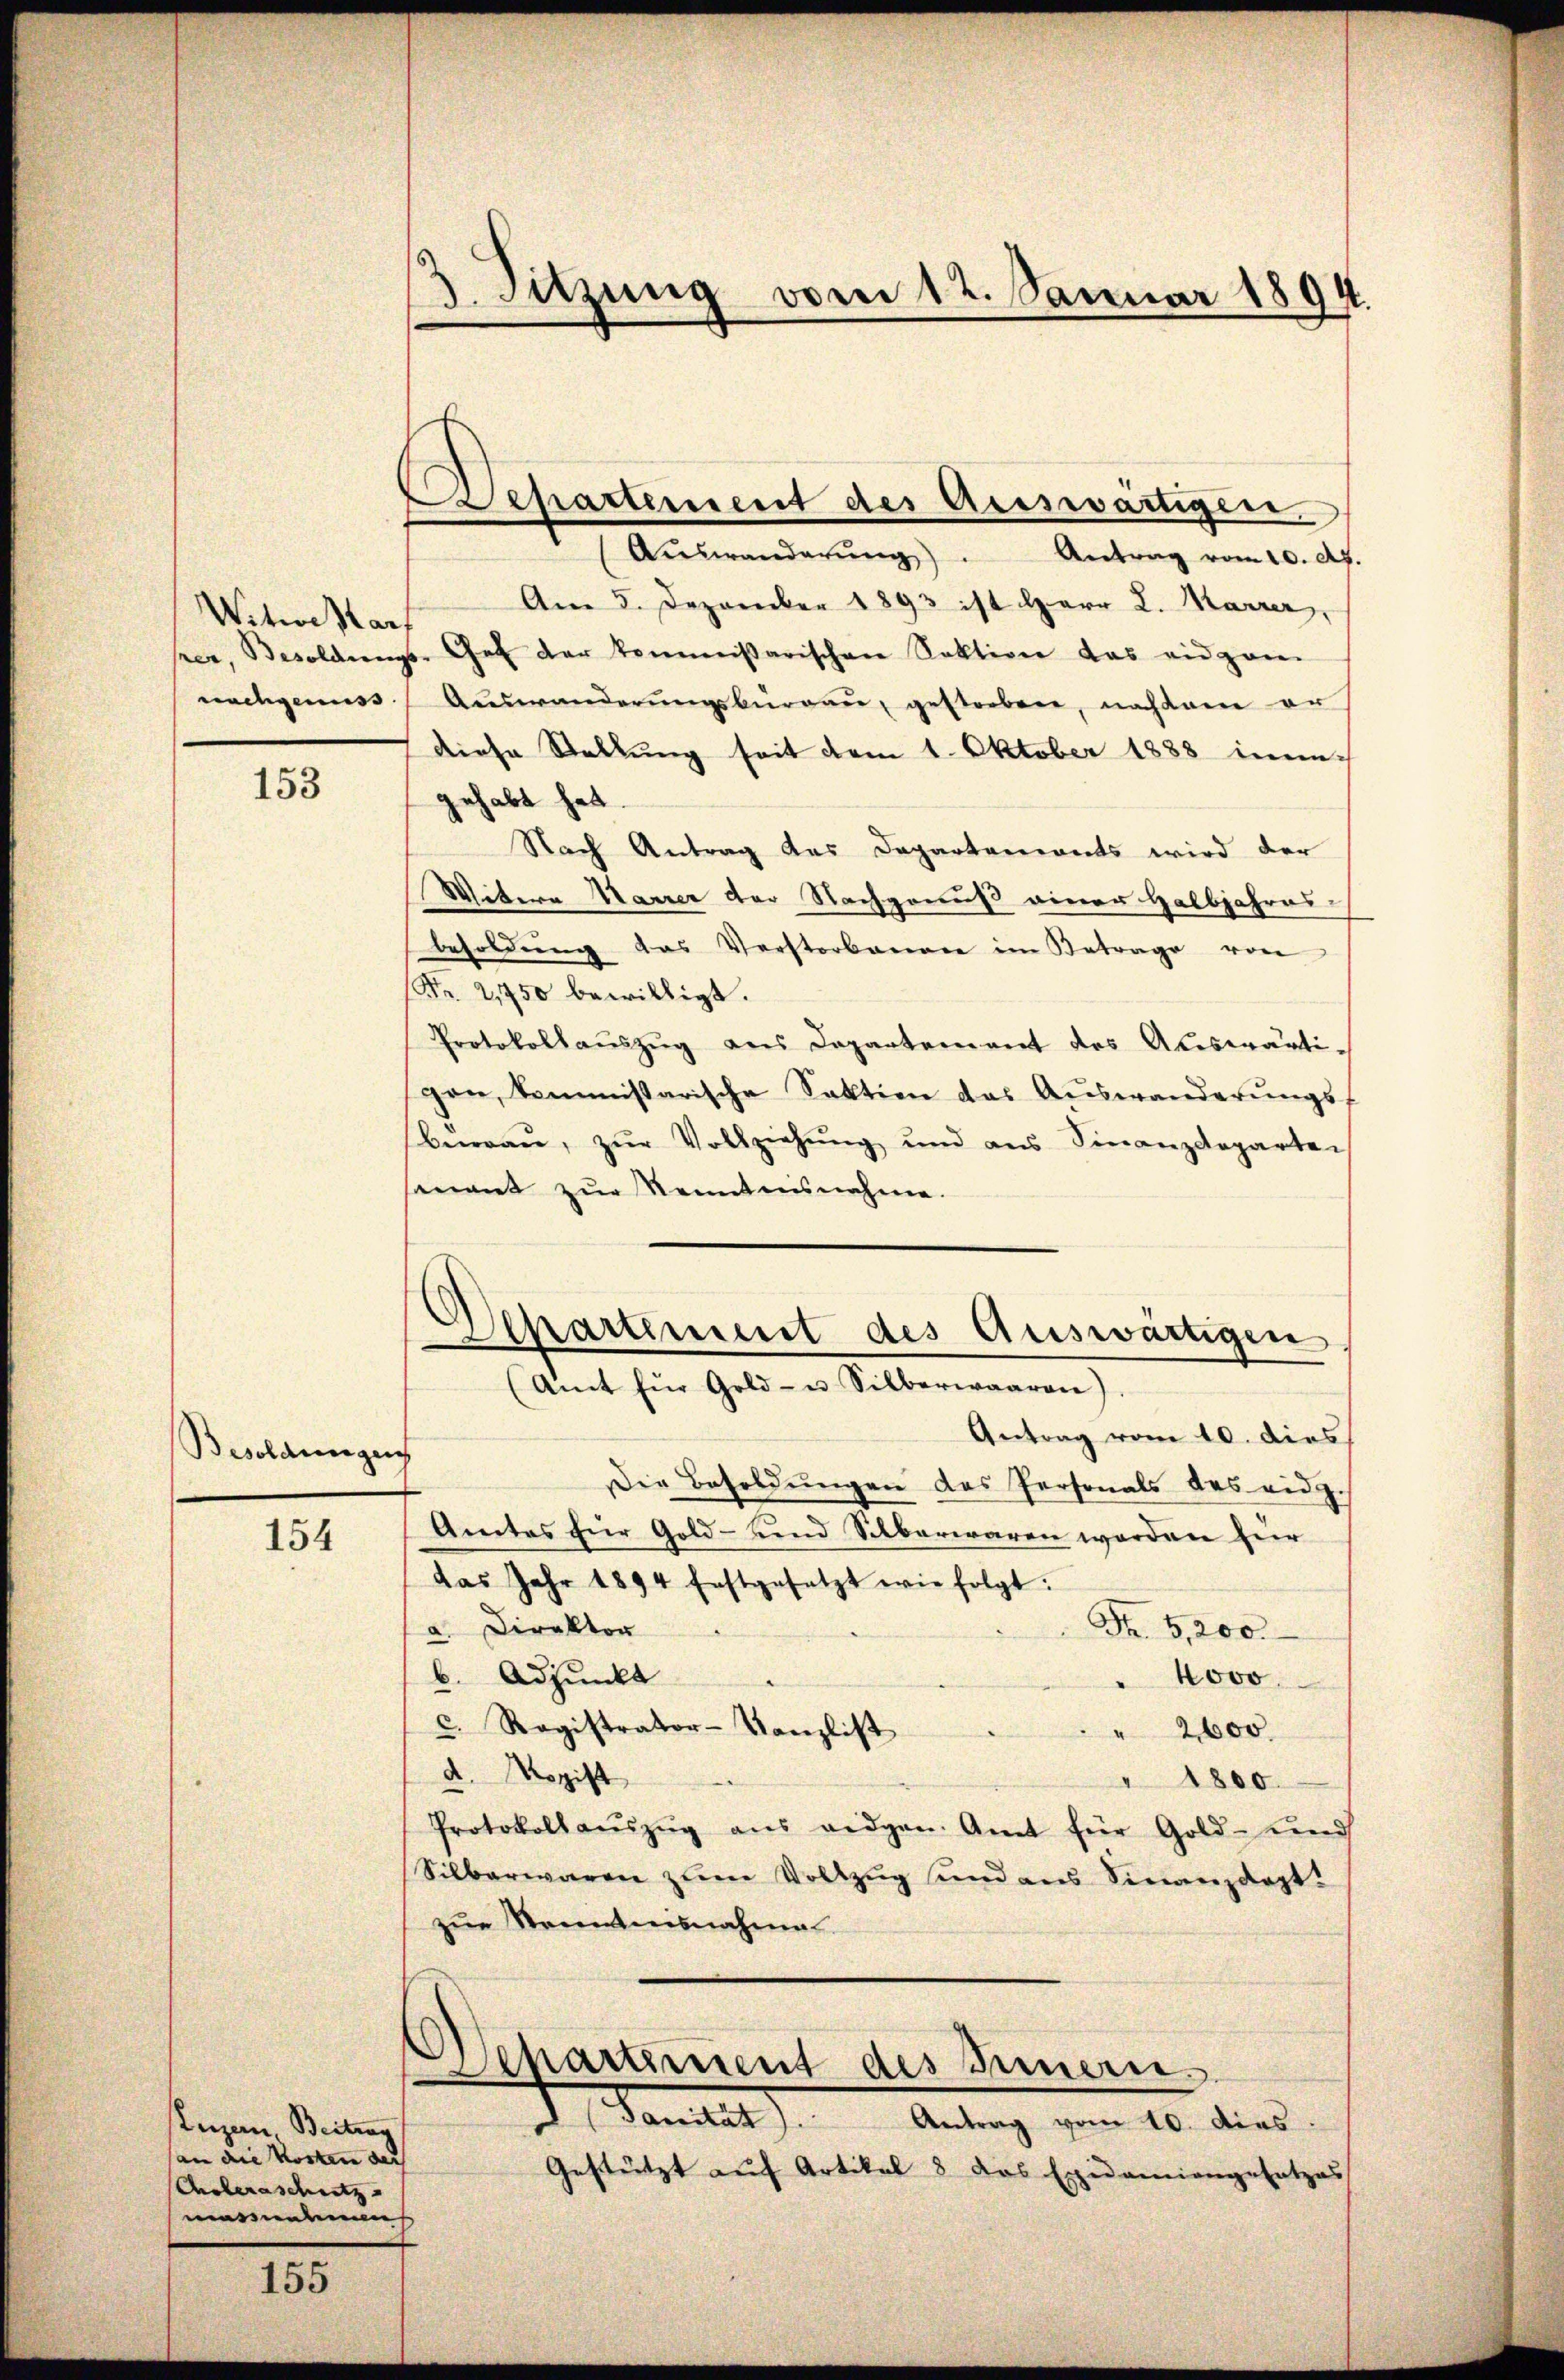
Witwe star
nachgenuss

153

Besoldungen

154

Luzern Beitrag
(an die Kosten der
Asteraschutz
massen

e
155

3. Sitzung vom 12. Januar 1894.

epartement des Auswärtigen.

Elhartement des Auswärtigen
(Amt für Gold- u Silberwaaren)

Aŭswanderŭng " Antrag vom 10. d.
Am 5. Dezember 1893 ist Herr L. Marrer,
prer, Besoldungs-Get der kommissarischen Sektion das eidgan
Aŭswanderŭngsbürgaŭ, gestorben, nachdem er
diese Stellung seit vom 1. Oktober 1888 ineingehabt hat.
d
Nach Antrag das Departemonts wird der
Witere Narrer der Nachgenuß einer Halbjahres-
besoldŭng das Verstorbenen im Betrage von
Nr. 2750 bewilligt.
Protokollaŭszŭg ans Departement des Auswärtigen, kommissarische Sektion das Auswanderŭngs-
bŭrgaŭ, zŭr Vollziehŭng und ans Finanzdepartei
nant zur Kenntnisnahme.
Antrag vom 10. dies
Die Besoldungen des Personals des eidg.
Amtes für Gold- und Silberwaren worden hier
das Jahr 1894 festgesetzt wie folgt:
Fr. 5,200.
a Direktor
b. Adjunkt
" 4000.
c. Registrator-Kanzlist
2600.
d. Rogift
 4800.
Protokoll aŭszŭg ans eidgen. Amt für Gold- und
Silberwaren zum Vollzug und aus Sinanzdept.
zur Kenntnisnahme
Aepartiment des Innern.
d. Sanitat
Antrag vom 10. dies
Gestützt auf Artikel 8 das Exidemiengesetzes